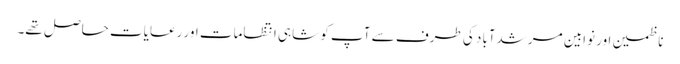
ناظمین اور نوابین مرشدآباد کی طرف سے آپ کو شاہی انتظامات اور رعایات حاصل تھے۔